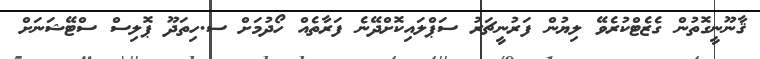
ޤާނޫނީގޮތުން ގެޒެޓްކުރެވޭ ލިޔުން ފަރުނީޗަރު ސަޕްލައިކޮށްދޭނެ ފަރާތެއް ހޯދުމަށް ސ.ހިތަދޫ ޕޮލިސް ސްޓޭޝަނަށް